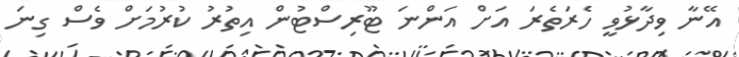
އޭނާ ވިދާޅުވީ ހެރަތެރަ އަށް އަންނަ ޓޫރިސްޓުން އިތުރު ކުރުމަށް ވެސް ގިނަ